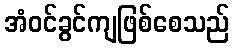
အံဝင်ခွင်ကျဖြစ်စေသည်